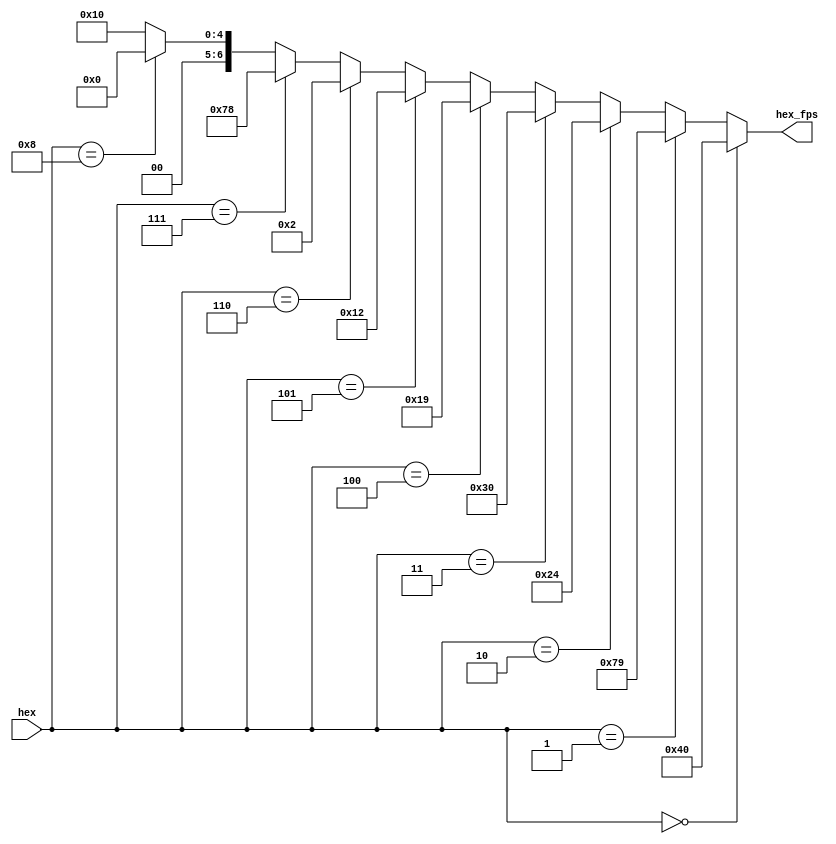
module  HEX(
input	[3:0]	hex,
output	[6:0]	hex_fps
);


assign hex_fps	=	(hex == 4'd0) ? 7'h40: //0
					(hex == 4'd1) ? 7'h79: //1
					(hex == 4'd2) ? 7'h24: //2
					(hex == 4'd3) ? 7'h30: //3
					(hex == 4'd4) ? 7'h19: //4        
					(hex == 4'd5) ? 7'h12: //5
					(hex == 4'd6) ? 7'h02: //6
					(hex == 4'd7) ? 7'h78: //7
					(hex == 4'd8) ? 7'h00: //8
									7'h10; //9

endmodule